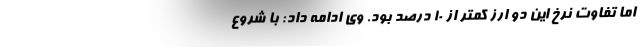
اما تفاوت نرخ این دو ارز کمتر از ۱۰ درصد بود. وی ادامه داد: با شروع